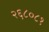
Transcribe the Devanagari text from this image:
२६८०८१